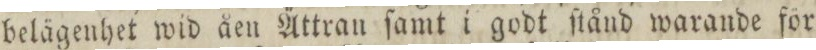
belägenhet wid åen Ättran ſamt i godt ſtånd warande för